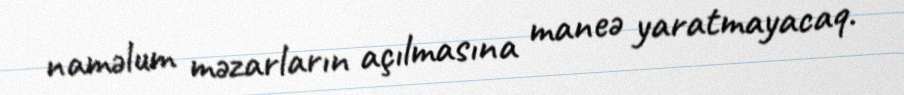
naməlum məzarların açılmasına maneə yaratmayacaq.